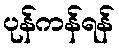
ပုန်ကန်ရန်